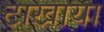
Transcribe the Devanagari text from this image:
टाखाया